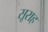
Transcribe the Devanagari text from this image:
सूराह